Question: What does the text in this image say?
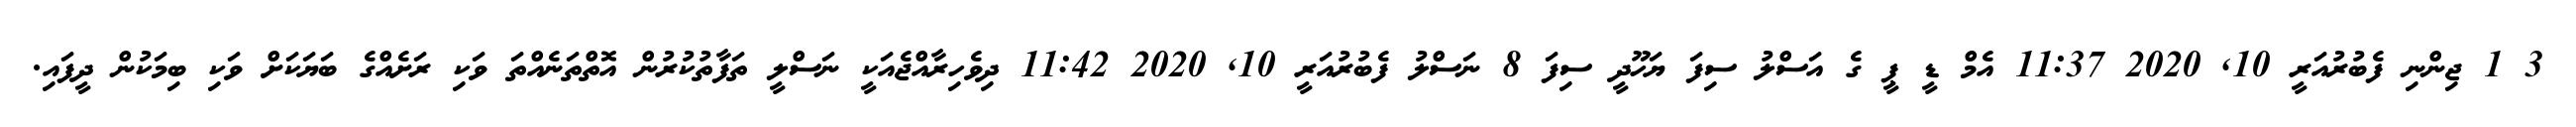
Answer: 3 1 ޖިންނި ފެބުރުއަރީ 10, 2020 11:37 އެމް ޑީ ޕީ ގެ އަސްލު ސިފަ ޔަހޫދީ ސިފަ 8 ނަސްލު ފެބުރުއަރީ 10, 2020 11:42 ދިވެހިރާއްޖެއަކީ ނަސްލީ ތަފާތުކުރުން އޮތްތަނެއްތަ ވަކި ރަށެއްގެ ބަޔަކަށް ވަކި ބިމަކުން ދީފައި.